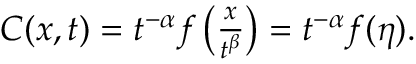
\begin{array} { r } { C ( x , t ) = t ^ { - \alpha } f \left( \frac { x } { t ^ { \beta } } \right) = t ^ { - \alpha } f ( \eta ) . } \end{array}